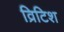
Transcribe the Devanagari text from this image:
व्रिटिश